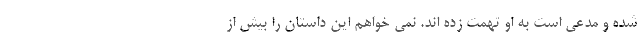
شده و مدعی است به او تهمت زده اند. نمی خواهم این داستان را بیش از